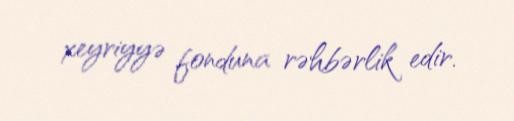
xeyriyyə fonduna rəhbərlik edir.